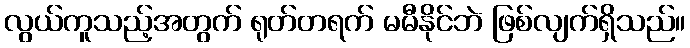
လွယ်ကူသည့်အတွက် ရုတ်တရက် မမီနိုင်ဘဲ ဖြစ်လျက်ရှိသည်။